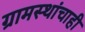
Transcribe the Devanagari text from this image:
ग्रामस्थांचाही